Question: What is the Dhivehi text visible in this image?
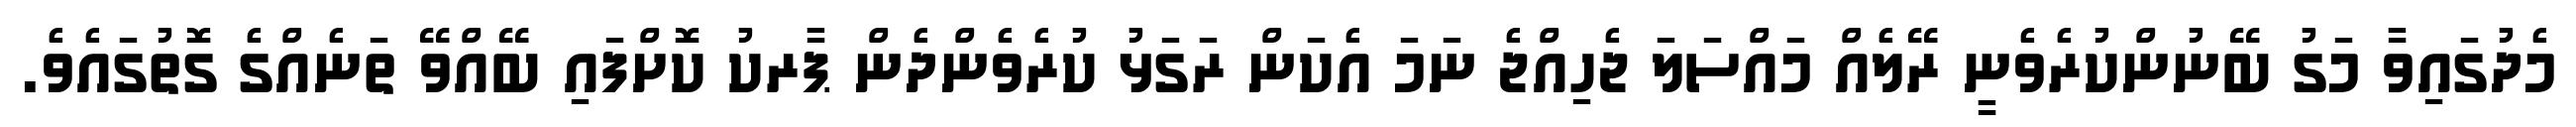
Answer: މެދުގައިވާ މަގު ބޭނުންކުރެވެނީ ރޭލެއް މައްސަލަ ޖެހިއްޖެ ނަމަ އެކަން ރަގަޅު ކުރެވެންދެން ޕާރކު ކޮށްފައި ބޭއްވޭ ތަނެއްގެ ގޮތުގައެވެ.